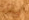
إمضاء